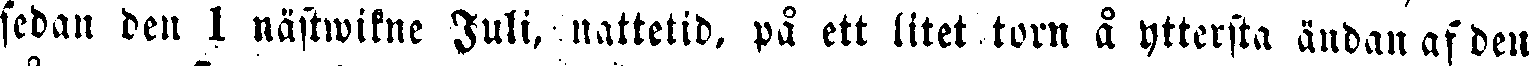
sedan den 1 nästwikne Juli, nattetid, på ett litet torn å yttersta ändan af den